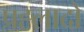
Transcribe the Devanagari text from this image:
प्रह्लादो